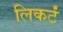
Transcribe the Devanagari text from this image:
लिकर्टं